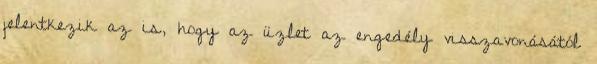
jelentkezik az is, hogy az üzlet az engedély visszavonásától